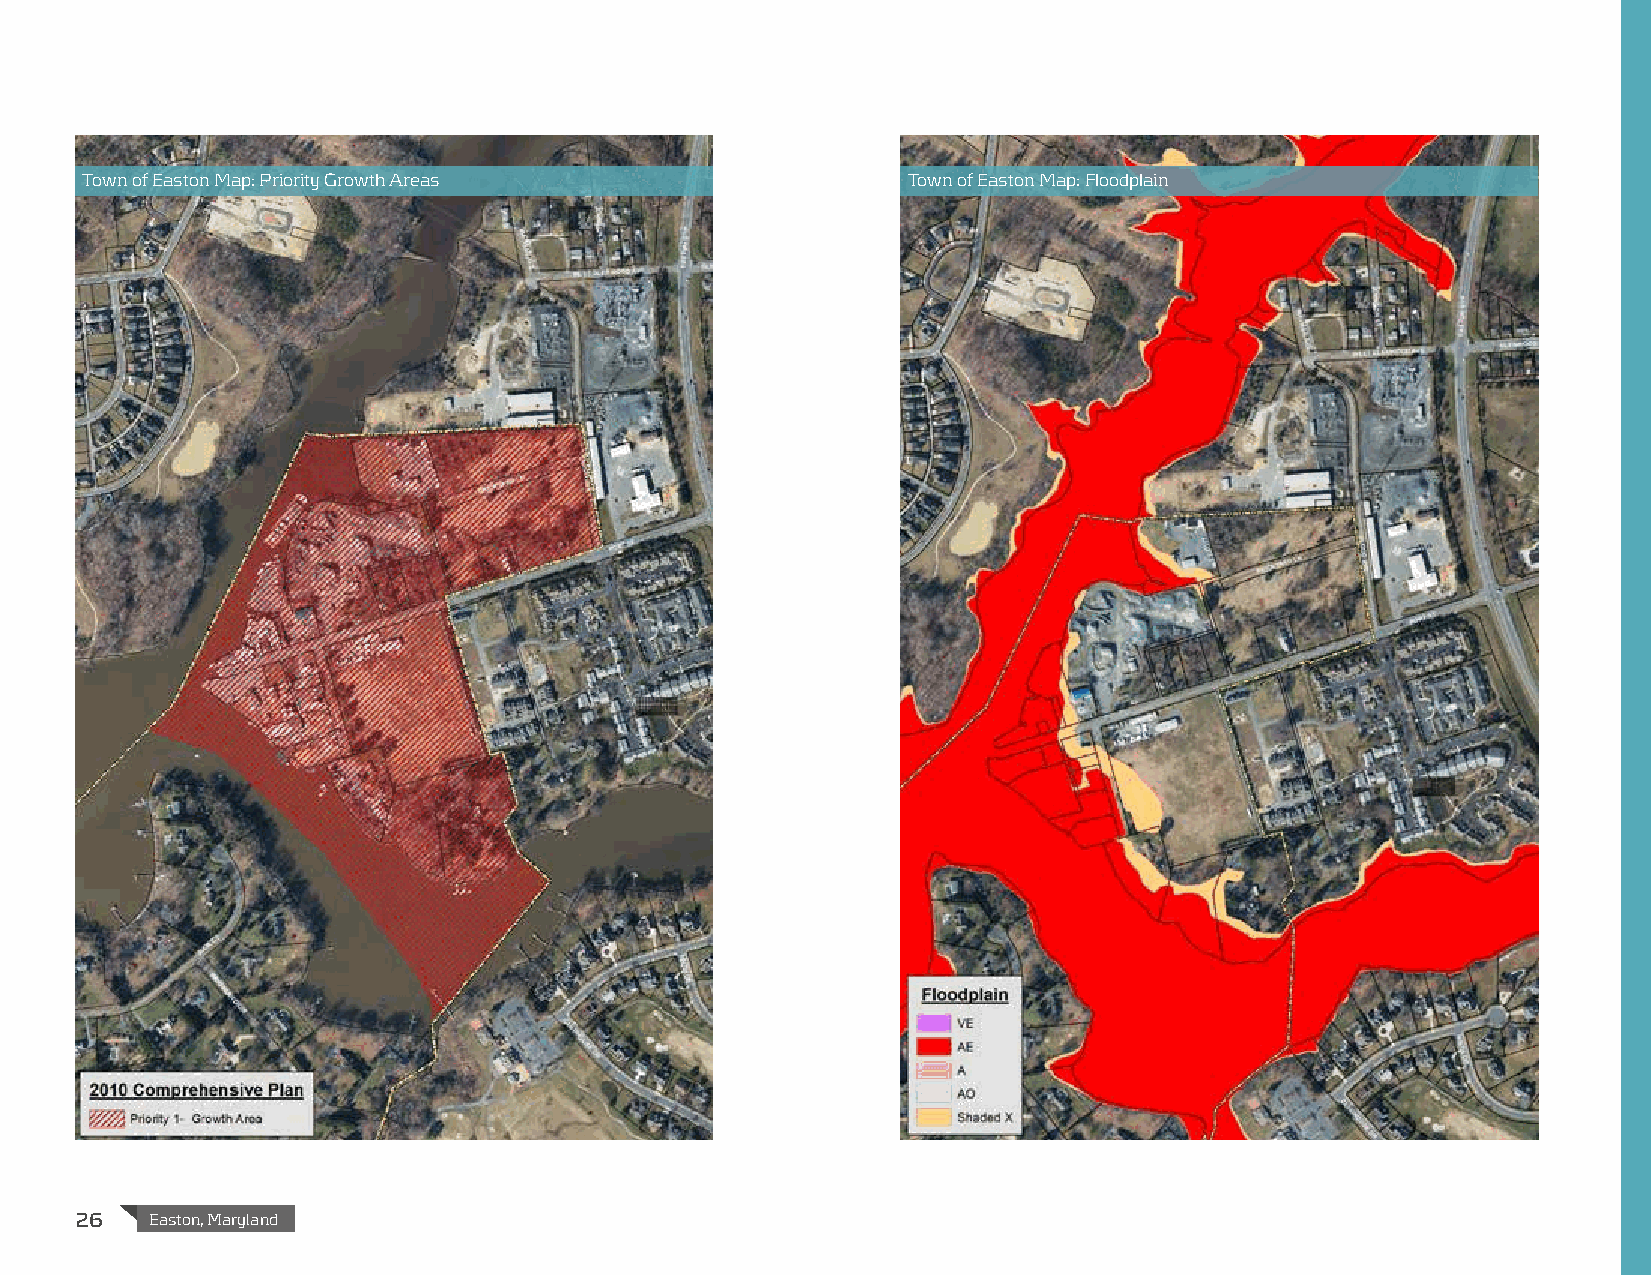
Town of Easton Map: Priority Growth Areas              Town of Easton Map: Floodplain
 26   Easton, Maryland